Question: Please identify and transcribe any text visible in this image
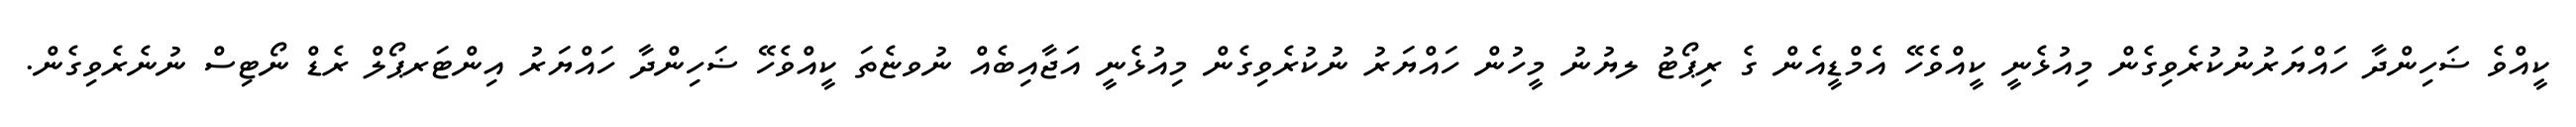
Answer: ކީއްވެ ޟަހިންދާ ހައްޔަރުނުކުރެވިގެން މިއުޅެނީ ކީއްވެހޭ އެމްޑީއެން ގެ ރިޕޯޓު ލޔުނު މީހުން ހައްޔަރު ނުކުރެވިގެން މިއުޅެނީ އަޖާއިބެއް ނުވޏެތަ ކީއްވެހޭ ޟަހިންދާ ހައްޔަރު އިންޓަރޕޯލް ރެޑް ނޯޓިސް ނުނެރެވިގެން.